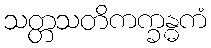
သတ္တသတိကက္ခန္ဓကံ